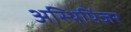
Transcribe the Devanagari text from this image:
अस्थिपिंजर